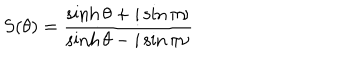
S ( \theta ) = \frac { \sinh \theta + i \sin \pi \nu } { \sinh \theta - i \sin \pi \nu }